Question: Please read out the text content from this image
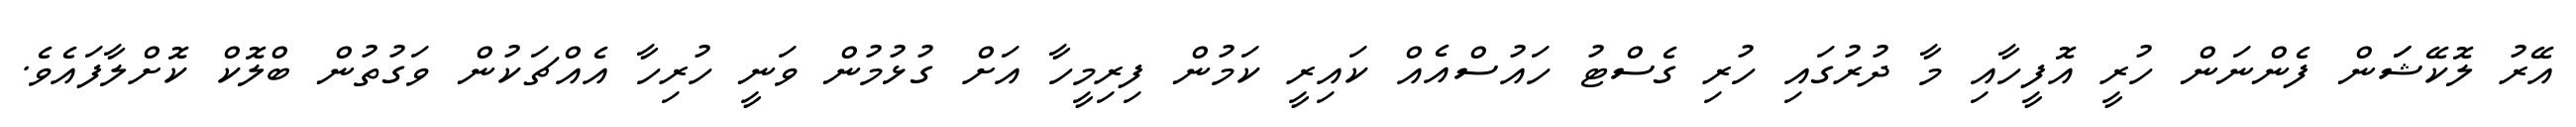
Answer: އޭރު ލޮކޭޝަަން ފެންނަން ހުރީ އޮފީހާއި މާ ދުރުގައި ހުރި ގެސްޓު ހައުސްއެއް ކައިރީ ކަމުން ފިރިމީހާ އަށް ގުޅުމުން ވަނީ ހުރިހާ އެއްޗަކުން ވަގުތުން ބްލޮކް ކޮށްލާފައެވެ.